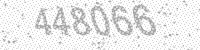
Solution: 448066